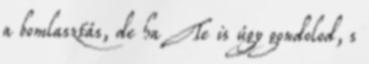
a bomlasztás, de ha Te is úgy gondolod, s